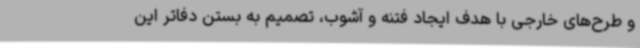
و طرح‌های خارجی با هدف ایجاد فتنه و آشوب، تصمیم به بستن دفاتر این